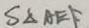
S _ { \Delta A E F }